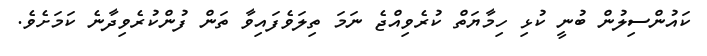
ކައުންސިލުން ބުނީ ކުޅި ހިމާޔަތް ކުރެވިއްޖެ ނަމަ ތިލަވެފައިވާ ތަން ފުންކުރެވިދާނެ ކަމަށެވެ.